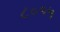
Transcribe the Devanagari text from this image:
८०१५